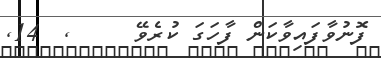
ފޮނުވާފައިވާކަން ފާހަގަ ކުރެވޭ